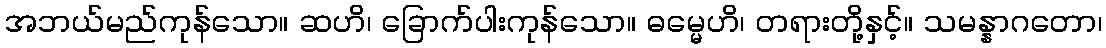
အဘယ်မည်ကုန်သော။ ဆဟိ၊ ခြောက်ပါးကုန်သော။ ဓမ္မေဟိ၊ တရားတို့နှင့်။ သမန္နာဂတော၊